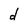
Character: d